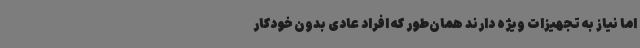
اما نیاز به تجهیزات ویژه دارند همان‌طور که افراد عادی بدون خودکار